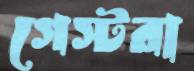
গেস্টরা